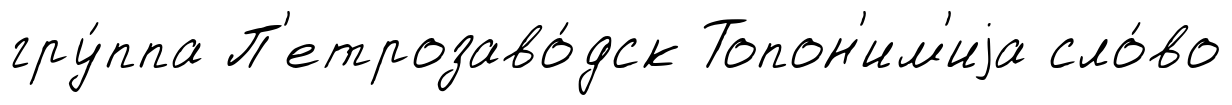
гру́ппа П'етрозаво́дск Топон'им'иjа сло́во